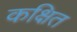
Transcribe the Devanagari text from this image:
कक्षित